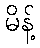
မိန့်